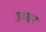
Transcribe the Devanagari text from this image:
रावसन